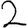
Digit: 2